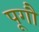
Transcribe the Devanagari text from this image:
पूगौ